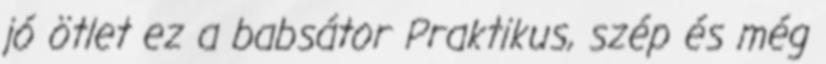
jó ötlet ez a babsátor Praktikus, szép és még